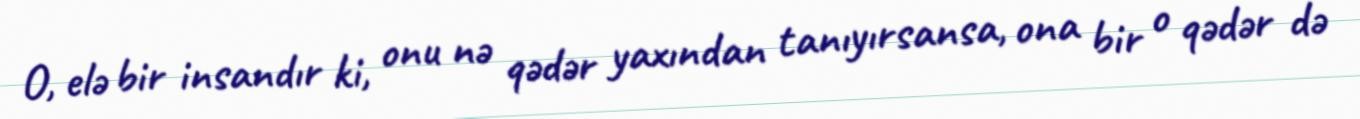
O, elə bir insandır ki, onu nə qədər yaxından tanıyırsansa, ona bir o qədər də